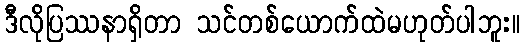
ဒီလိုပြဿနာရှိတာ သင်တစ်ယောက်ထဲမဟုတ်ပါဘူး။